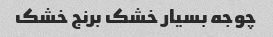
چوجه بسیار خشک برنج خشک